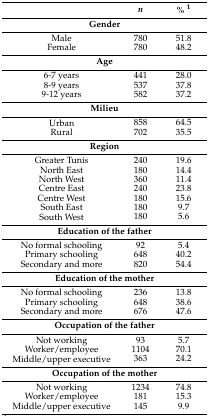
<table><thead><tr><td></td><td><b><i>n</i></b></td><td><b>% <sup>1</sup></b></td></tr></thead><tbody><tr><td colspan="3"><b>Gender</b></td></tr><tr><td>Male</td><td>780</td><td>51.8</td></tr><tr><td>Female</td><td>780</td><td>48.2</td></tr><tr><td colspan="3"><b>Age</b></td></tr><tr><td>6-7 years</td><td>441</td><td>28.0</td></tr><tr><td>8-9 years</td><td>537</td><td>37.8</td></tr><tr><td>9-12 years</td><td>582</td><td>37.2</td></tr><tr><td colspan="3"><b>Milieu</b></td></tr><tr><td>Urban</td><td>858</td><td>64.5</td></tr><tr><td>Rural</td><td>702</td><td>35.5</td></tr><tr><td colspan="3"><b>Region</b></td></tr><tr><td>Greater Tunis</td><td>240</td><td>19.6</td></tr><tr><td>North East</td><td>180</td><td>14.4</td></tr><tr><td>North West</td><td>360</td><td>11.4</td></tr><tr><td>Centre East</td><td>240</td><td>23.8</td></tr><tr><td>Centre West</td><td>180</td><td>15.6</td></tr><tr><td>South East</td><td>180</td><td>9.7</td></tr><tr><td>South West</td><td>180</td><td>5.6</td></tr><tr><td colspan="3"><b>Education of the father</b></td></tr><tr><td>No formal schooling</td><td>92</td><td>5.4</td></tr><tr><td>Primary schooling</td><td>648</td><td>40.2</td></tr><tr><td>Secondary and more</td><td>820</td><td>54.4</td></tr><tr><td colspan="3"><b>Education of the mother</b></td></tr><tr><td>No formal schooling</td><td>236</td><td>13.8</td></tr><tr><td>Primary schooling</td><td>648</td><td>38.6</td></tr><tr><td>Secondary and more</td><td>676</td><td>47.6</td></tr><tr><td colspan="3"><b>Occupation of the father</b></td></tr><tr><td>Not working</td><td>93</td><td>5.7</td></tr><tr><td>Worker/employee</td><td>1104</td><td>70.1</td></tr><tr><td>Middle/upper executive</td><td>363</td><td>24.2</td></tr><tr><td colspan="3"><b>Occupation of the mother</b></td></tr><tr><td>Not working</td><td>1234</td><td>74.8</td></tr><tr><td>Worker/employee</td><td>181</td><td>15.3</td></tr><tr><td>Middle/upper executive</td><td>145</td><td>9.9</td></tr></tbody></table>